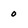
Character: O